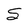
Character: S